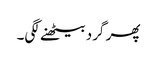
پھر گرد بیٹھنے لگی۔